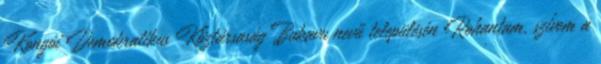
Kongói Demokratikus Köztársaság Bukavu nevű településén Rohantam, szívem a